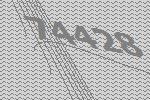
74428